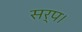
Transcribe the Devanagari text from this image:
सर्प।